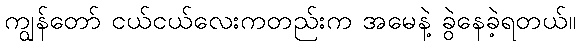
ကျွန်တော် ငယ်ငယ်လေးကတည်းက အမေနဲ့ ခွဲနေခဲ့ရတယ်။